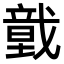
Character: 𢨀